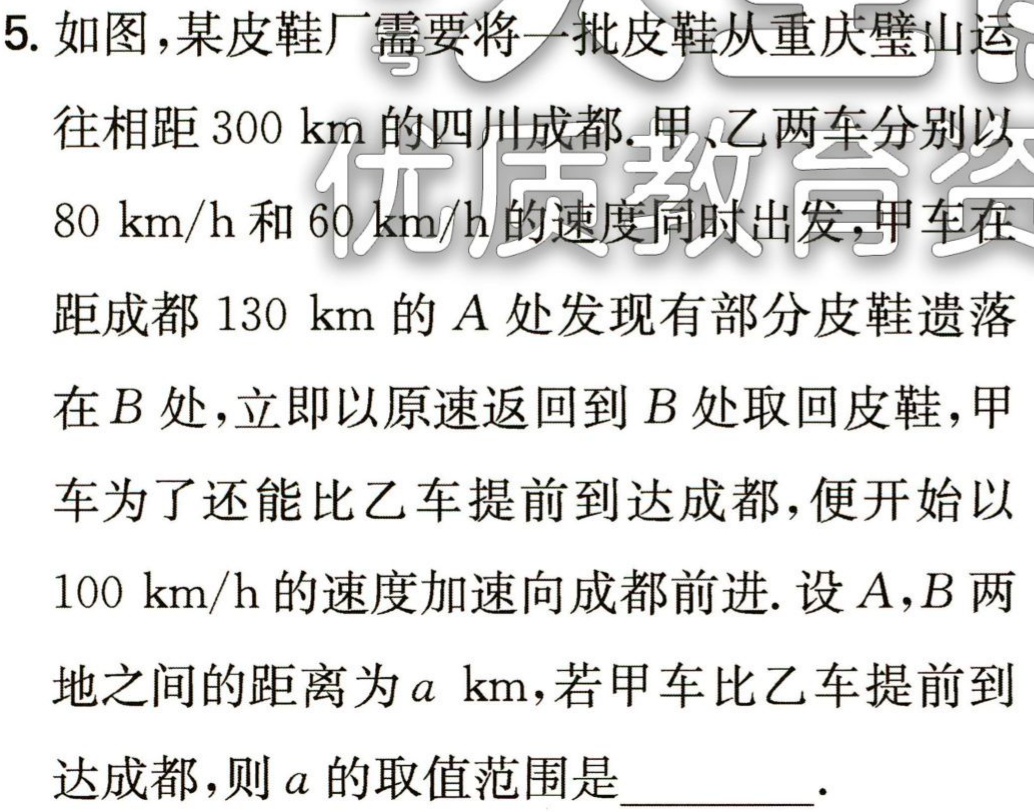
5. 如图，某皮鞋厂需要将一批皮鞋从重庆璧山运

往相距\(300\ \text{km}\)的四川成都. 甲、乙两车分别以

\(80\ \text{km/h}\)和\(60\ \text{km/h}\)的速度同时出发，甲车在

距成都\(130\ \text{km}\)的\(A\)处发现有部分皮鞋遗落

在\(B\)处，立即以原速返回到\(B\)处取回皮鞋，甲

车为了还能比乙车提前到达成都，便开始以

\(100\ \text{km/h}\)的速度加速向成都前进. 设\(A,B\)两

地之间的距离为\(a\ \text{km}\)，若甲车比乙车提前到

达成都，则\(a\)的取值范围是  .